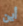
أين